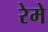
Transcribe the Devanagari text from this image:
रेमे